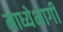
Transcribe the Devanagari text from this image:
माध्येभागी